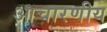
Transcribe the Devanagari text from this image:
आचारणीय